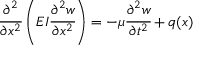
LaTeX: { \cfrac { \partial ^ { 2 } } { \partial x ^ { 2 } } } \left( E I { \cfrac { \partial ^ { 2 } w } { \partial x ^ { 2 } } } \right) = - \mu { \cfrac { \partial ^ { 2 } w } { \partial t ^ { 2 } } } + q ( x )